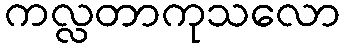
ကလ္လတာကုသလော